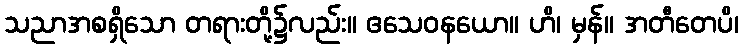
သညာအစရှိသော တရားတို့၌လည်း။ ဧသေဝနယော။ ဟိ၊ မှန်။ အတီတေပိ၊